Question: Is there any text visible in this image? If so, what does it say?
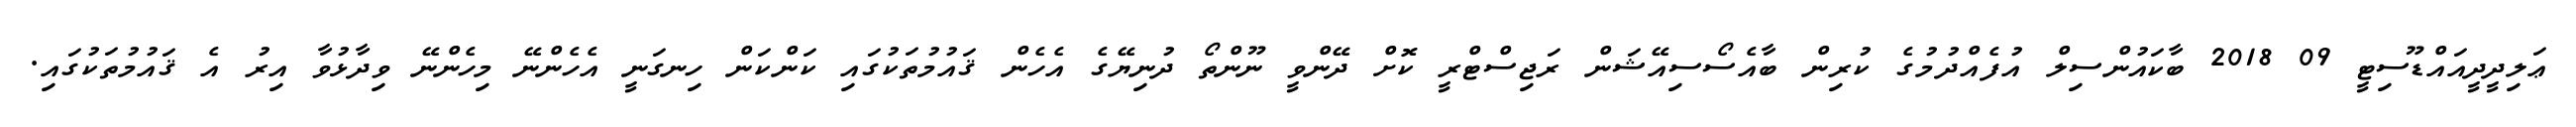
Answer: ޢަލިދީދީއައްޑޫސިޓީ 09 2018 ބާކައުންސިލް އުފެއްދުމުގެ ކުރިން ބާއެސޯސިއޭޝަން ރަޖިސްޓްރީ ކޮށް ދޭންވީ ނޫންތޯ ދުނިޔޭގެ އެހެން ޤައުމުތަކުގައި ކަންކަން ހިނގަނީ އެހެންނޭ މިހެންނޭ ވިދާޅުވާ އިރު އެ ޤައުމުތަކުގައި.